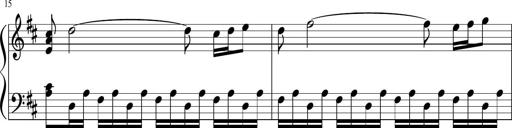
Title: Sonatina di Santa Gemma, JKB 12
Composer: Jason Baruk
Key: F major